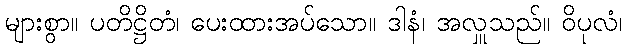
များစွာ။ ပတိဋ္ဌိတံ၊ ပေးထားအပ်သော။ ဒါနံ၊ အလှူသည်။ ဝိပုလံ၊